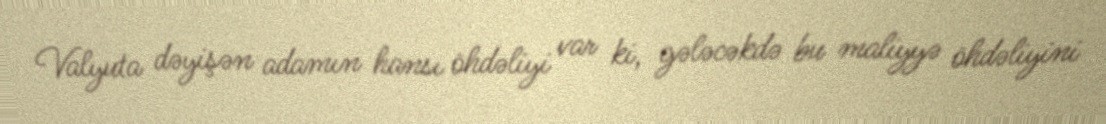
Valyuta dəyişən adamın hansı öhdəliyi var ki, gələcəkdə bu maliyyə öhdəliyini